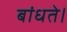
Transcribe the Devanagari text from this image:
बांधते।